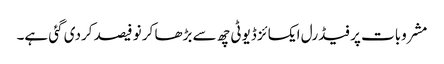
مشروبات پر فیڈرل ایکسائز ڈیوٹی چھ سے بڑھا کر نو فیصد کردی گئی ہے۔